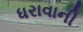
ધરાવાની